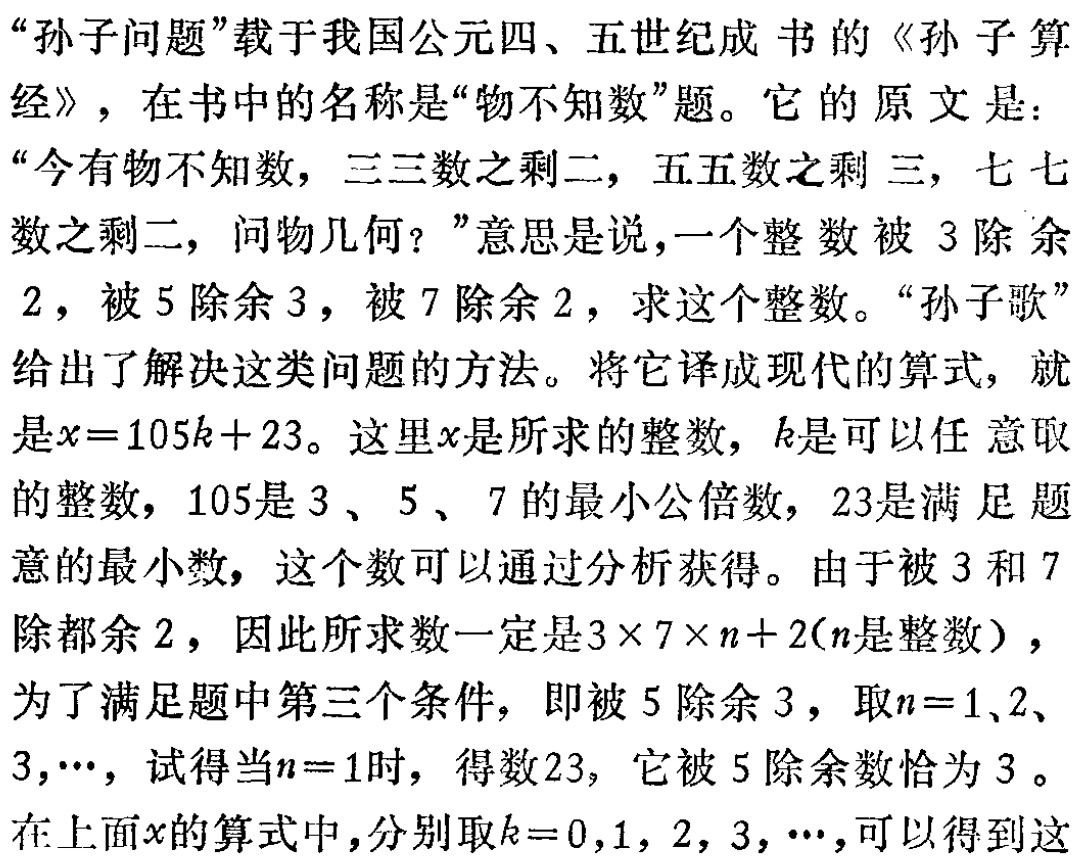
“孙子问题”载于我国公元四、五世纪成书的《孙子算经》，在书中的名称是“物不知数”题。它的原文是：“今有物不知数，三三数之剩二，五五数之剩三，七七数之剩二，问物几何？”意思是说，一个整数被3除余2，被5除余3，被7除余2，求这个整数。“孙子歌”给出了解决这类问题的方法。将它译成现代的算式，就是\(x = 105k + 23\)。这里\(x\)是所求的整数，\(k\)是可以任意取的整数，105是3、5、7的最小公倍数，23是满足题意的最小数，这个数可以通过分析获得。由于被3和7除都余2，因此所求数一定是\(3\times7\times n + 2\)（\(n\)是整数），为了满足题中第三个条件，即被5除余3，取\(n = 1,2,3,\cdots\)，试得当\(n = 1\)时，得数23，它被5除余数恰为3。在上面\(x\)的算式中，分别取\(k = 0,1,2,3,\cdots\)，可以得到这